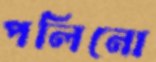
পলিনো